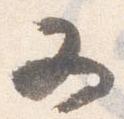
又